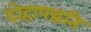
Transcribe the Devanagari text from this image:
दोहापद्धति